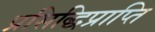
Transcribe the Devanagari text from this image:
प्रसिद्धिप्राप्ति